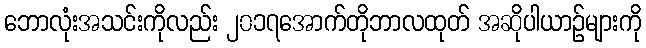
ဘောလုံးအသင်းကိုလည်း ၂၀၁၇အောက်တိုဘာလထုတ် အဆိုပါယာဉ်များကို